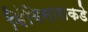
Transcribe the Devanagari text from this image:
बिंबिसाराकडे